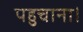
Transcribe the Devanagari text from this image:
पहुचाना।